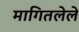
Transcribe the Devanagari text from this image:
मागितलेले